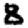
Digit: 8